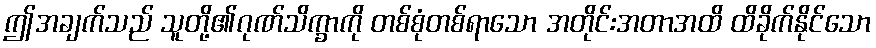
ဤအချက်သည် သူတို့၏ဂုဏ်သိက္ခာကို တစ်စုံတစ်ရာသော အတိုင်းအတာအထိ ထိခိုက်နိုင်သော